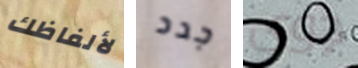
لألفاظك جدد جوى